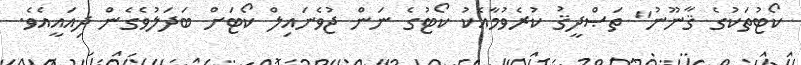
ކޯޓުތަކުގެ ޤާނޫނު" ތަޞްދީޤު ކުރެވުމާއެކު ކޯޓުގެ ނަން ޖުވެނައިލް ކޯޓަށް ބަދަލުވެގެން ދިއައީއެވެ.